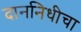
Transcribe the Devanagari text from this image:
दाननिधीचा